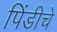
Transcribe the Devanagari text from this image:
पिंडीचे